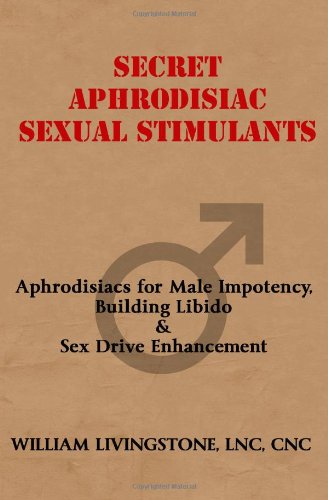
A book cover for Secret Aphrodisiac Sexual Stimulants: Aphrodisiacs For Male Impotency, Building Libido & Sex Drive Enhancement; William Livingstone; Health, Fitness & Dieting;